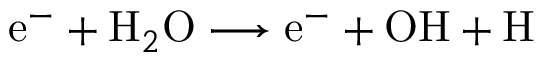
\mathrm { e } ^ { - } + \mathrm { H } _ { 2 } \mathrm { O } \longrightarrow \mathrm { e } ^ { - } + \mathrm { O H } + \mathrm { H }